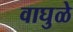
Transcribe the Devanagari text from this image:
वाघुळे